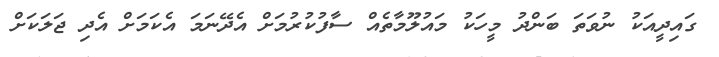
ގައިދީއަކު ނުވަތަ ބަންދު މީހަކު މައުލޫމާތެއް ސާފުކުރުމަށް އެދޭނަމަ އެކަމަށް އެދި ޖަލަކަށް